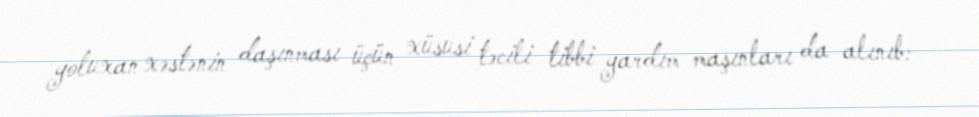
yoluxan xəstənin daşınması üçün xüsusi təcili tibbi yardım maşınları da alınıb: